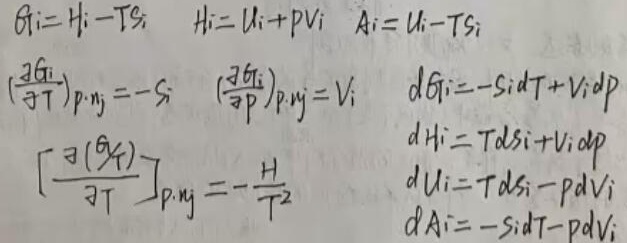

\(G_i = H_i - TS_i\)，\(H_i=U_i + pV_i\)，\(A_i=U_i - TS_i\)

\(\left(\frac{\partial G_i}{\partial T}\right)_{p,n_j}=-S_i\)，\(\left(\frac{\partial G_i}{\partial p}\right)_{T,n_j}=V_i\)，\(dG_i=-S_idT + V_idp\)

\(\left[\frac{\partial(\frac{G_i}{T})}{\partial T}\right]_{p,n_j}=-\frac{H_i}{T^2}\)

\(dH_i = TdS_i+V_idp\)

\(dU_i = TdS_i - pdV_i\)

\(dA_i=-S_idT - pdV_i\)